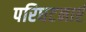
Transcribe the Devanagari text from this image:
परिधटनाएं